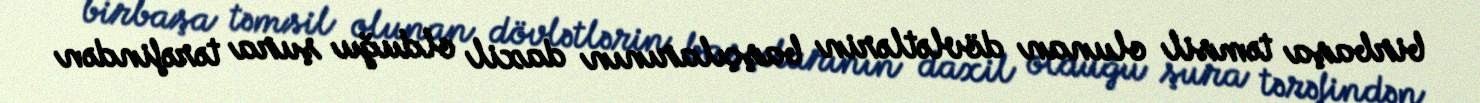
birbaşa təmsil olunan dövlətlərin başçılarının daxil olduğu şura tərəfindən